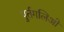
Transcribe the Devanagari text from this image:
पुर्तगलिओ